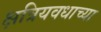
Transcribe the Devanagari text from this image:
क्षत्रियवधाच्या